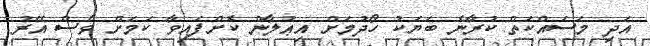
އަދި މަސައްކަތް ކުރާނެ ބަޔަކު ހޯދުމަށް އިޢުލާން ކޮށްފައިވާ ކަމަށް ވެސް އޭރު